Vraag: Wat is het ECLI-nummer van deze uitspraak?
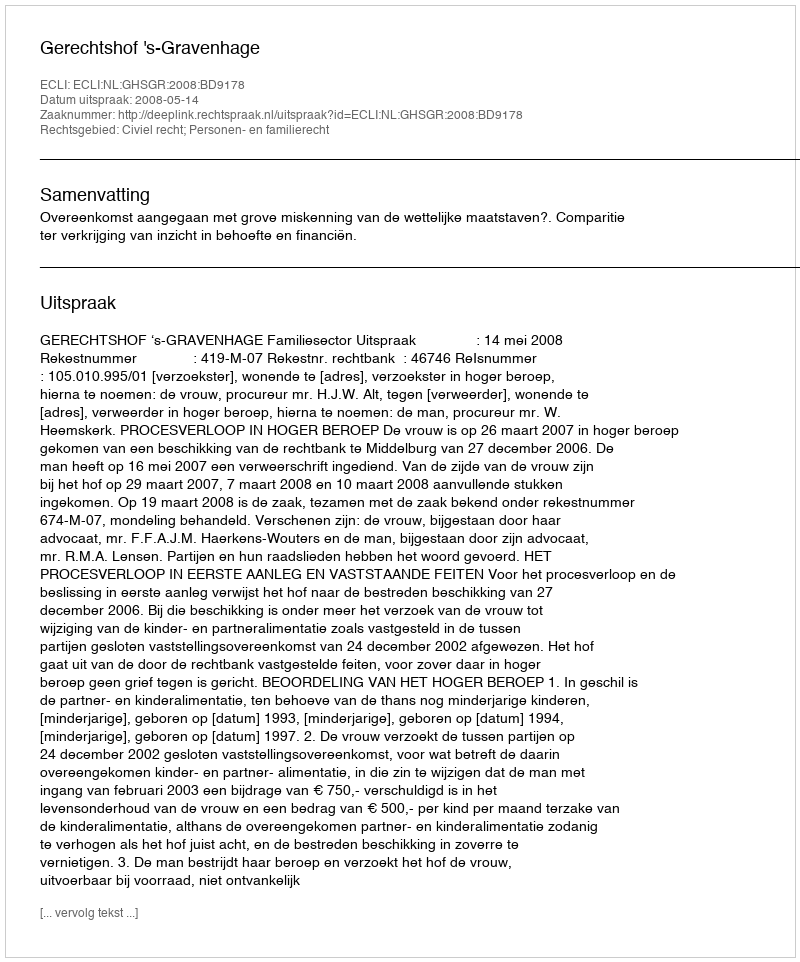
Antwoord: ECLI:NL:GHSGR:2008:BD9178